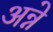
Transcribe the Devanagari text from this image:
अन्ने